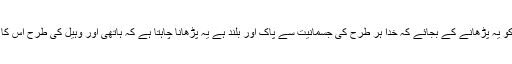
تو کیا جیو پاکستان کے بچوں کو یہ پڑھانے کے بجائے کہ خدا ہر طرح کی جسمانیت سے پاک اور بلند ہے یہ پڑھانا چاہتا ہے کہ ہاتھی اور وہیل کی طرح اس کا کوئی جسم حجم یا Size ہے؟